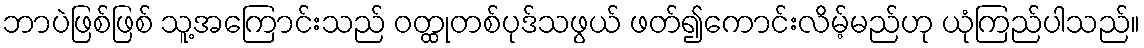
ဘာပဲဖြစ်ဖြစ် သူ့အကြောင်းသည် ဝတ္ထုတစ်ပုဒ်သဖွယ် ဖတ်၍ကောင်းလိမ့်မည်ဟု ယုံကြည်ပါသည်။